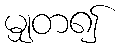
မျှတ၍